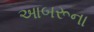
આબરૂના